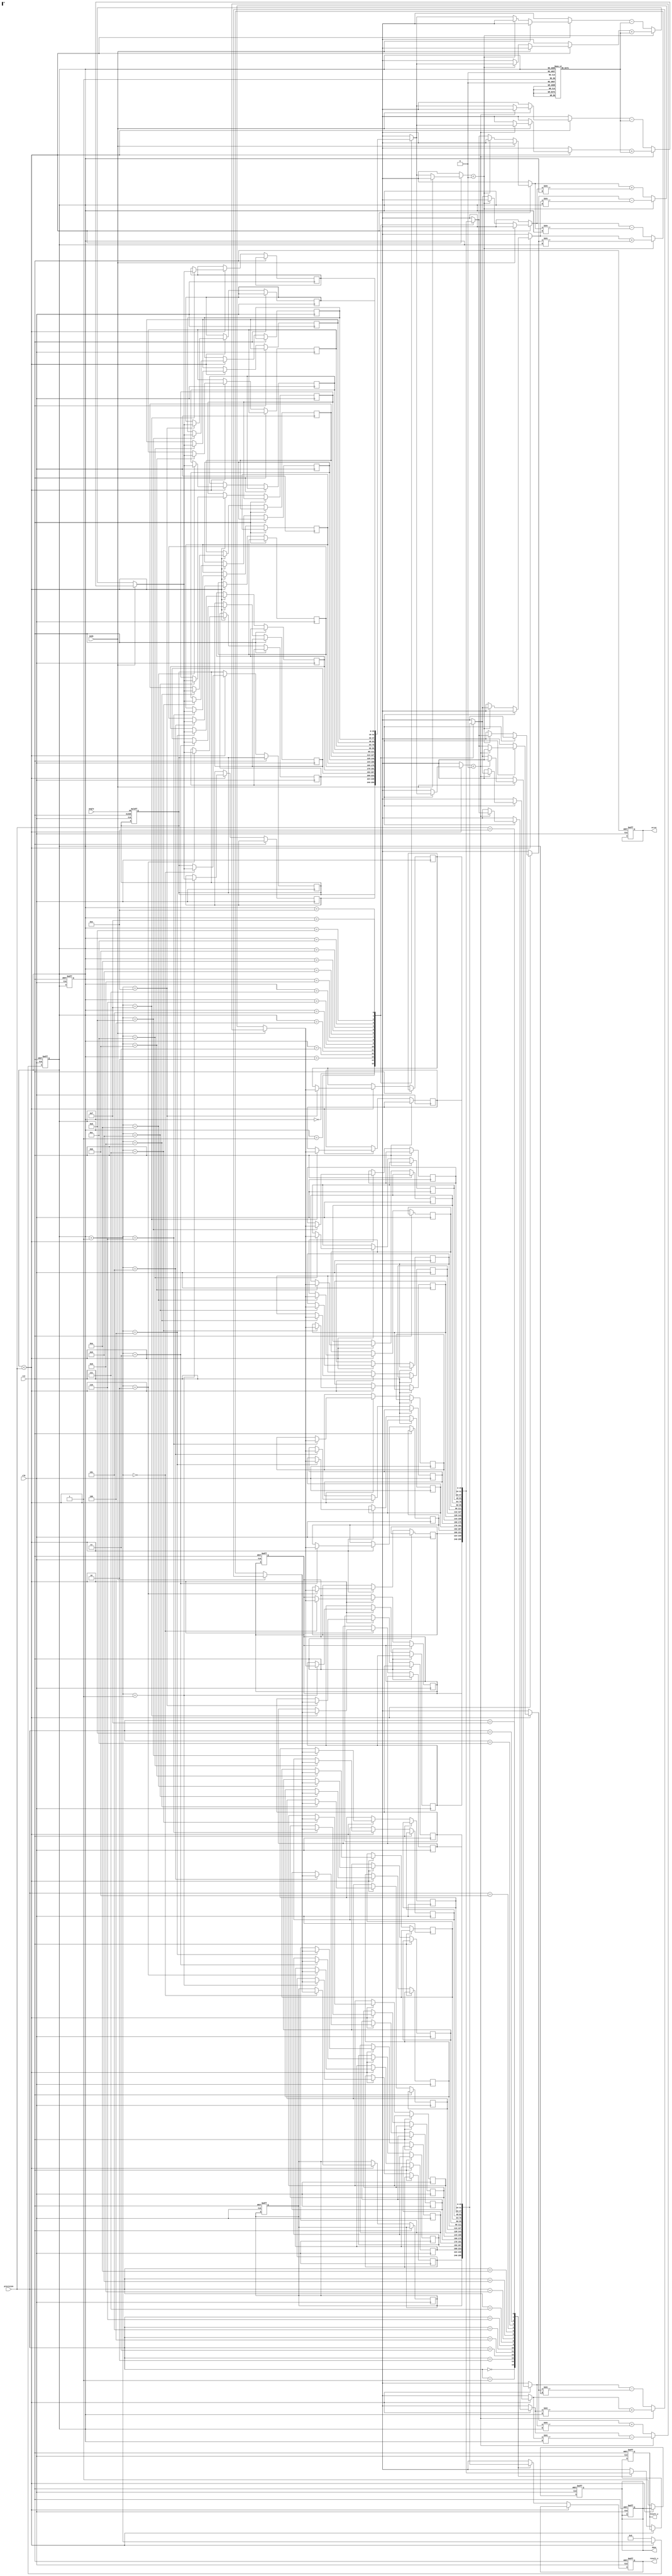
module adaptive_cordic (
    input clk,
    input rst,
    input [15:0] angle,         // Input angle in fixed-point representation
    input mode,                 // Control signal: 0 for rotation, 1 for vectoring
    input [3:0] precision,      // Precision signal (number of iterations)
    output reg [15:0] result_x, // Output x-coordinate
    output reg [15:0] result_y, // Output y-coordinate
    output reg done,            // Status flag for completion
    output reg error            // Status flag for errors
);

    // CORDIC parameters
    parameter NUM_ITERATIONS = 16; // Max number of iterations
    reg [15:0] x[0:NUM_ITERATIONS-1]; // X values
    reg [15:0] y[0:NUM_ITERATIONS-1]; // Y values
    reg [15:0] z[0:NUM_ITERATIONS-1]; // Z values (angle)
    reg [15:0] atan_table[0:NUM_ITERATIONS-1]; // Lookup table for arctangent values

    // Initialize the arctangent lookup table
    initial begin
        // Populate the atan_table with pre-computed values
        atan_table[0] = 16'h2000; // atan(2^-0)
        atan_table[1] = 16'h1000; // atan(2^-1)
        atan_table[2] = 16'h0800; // atan(2^-2)
        atan_table[3] = 16'h0400; // atan(2^-3)
        atan_table[4] = 16'h0200; // atan(2^-4)
        // Continue populating for all iterations
    end

    reg [3:0] iter; // Iteration counter
    reg [15:0] x_temp, y_temp, z_temp; // Temporary variables for computation

    // Control Unit
    always @(posedge clk or posedge rst) begin
        if (rst) begin
            result_x <= 16'h0;
            result_y <= 16'h0;
            done <= 0;
            error <= 0;
            iter <= 0;
        end else begin
            if (iter < precision) begin
                // CORDIC computation
                if (mode == 0) begin // Rotation mode
                    if (z[iter] < 0) begin
                        x_temp = x[iter] + (y[iter] >> iter);
                        y_temp = y[iter] - (x[iter] >> iter);
                        z_temp = z[iter] + atan_table[iter];
                    end else begin
                        x_temp = x[iter] - (y[iter] >> iter);
                        y_temp = y[iter] + (x[iter] >> iter);
                        z_temp = z[iter] - atan_table[iter];
                    end
                end else begin // Vectoring mode
                    if (z[iter] < 0) begin
                        x_temp = x[iter] + (y[iter] >> iter);
                        y_temp = y[iter] - (x[iter] >> iter);
                        z_temp = z[iter] + atan_table[iter];
                    end else begin
                        x_temp = x[iter] - (y[iter] >> iter);
                        y_temp = y[iter] + (x[iter] >> iter);
                        z_temp = z[iter] - atan_table[iter];
                    end
                end

                // Store the updated values for the next iteration
                x[iter + 1] <= x_temp;
                y[iter + 1] <= y_temp;
                z[iter + 1] <= z_temp;

                iter <= iter + 1;
            end else begin
                // Finished computation
                result_x <= x[precision];
                result_y <= y[precision];
                done <= 1;
                iter <= 0; // Reset for next computation
            end
        end
    end

    // Initialize the first iteration
    always @(posedge clk or posedge rst) begin
        if (rst) begin
            x[0] <= 16'h4000; // Initial x value (1 in fixed-point)
            y[0] <= 16'h0;    // Initial y value (0 in fixed-point)
            z[0] <= angle;    // Load the input angle
            done <= 0;
            iter <= 0;
        end
    end

endmodule